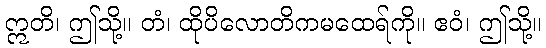
ဣတိ၊ ဤသို့။ တံ၊ ထိုပိလောတိကမထေရ်ကို။ ဧဝံ၊ ဤသို့။